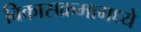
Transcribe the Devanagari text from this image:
विकासक्रमामध्ये